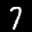
Label: 7